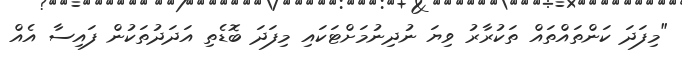
"މިފަދަ ކަންތައްތައް ތަކުރާރު ވިޔަ ނުދިނުމަށްޓަކައި މިފަދަ ބޮޑެތި އަދަދުތަކުން ފައިސާ އެއް